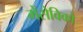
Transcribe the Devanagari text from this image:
मेंसेविको